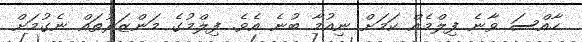
ހާއްސަ ވާނެ ފިލްމެއް ކަމަށް ނިއުމާ ބުނެ އެވެ. ފިލްމުގެ މަންޒަރުތައް ނެގުމަށް